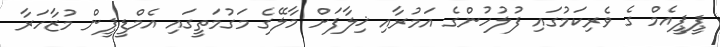
ޕީޕީއެމް ގެ ވެރިކަމުގައި ފުލުހުންގެ އަމުރާއި ޚިލާފަށް މާލޭގެ މަގުމަތީގައި އެމްޑީޕީން މުޒާހަރާ